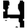
Digit: 4